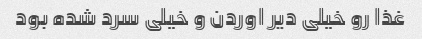
غذا رو خیلی دیر اوردن و خیلی سرد شده بود